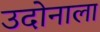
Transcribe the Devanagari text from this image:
उदोनाला